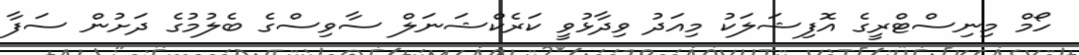
ހޯމް މިނިސްޓްރީގެ އޮފިޝަލަކު މިއަދު ވިދާޅުވީ ކަރެކްޝަނަލް ސާވިސްގެ ބެލުމުގެ ދަށުން ސަފާ